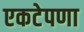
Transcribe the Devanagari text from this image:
एकटेपणा